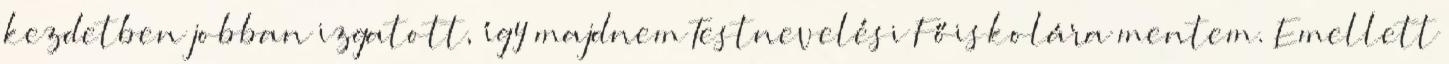
kezdetben jobban izgatott, így majdnem Testnevelési Főiskolára mentem. Emellett